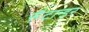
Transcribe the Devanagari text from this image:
सैटान्डर